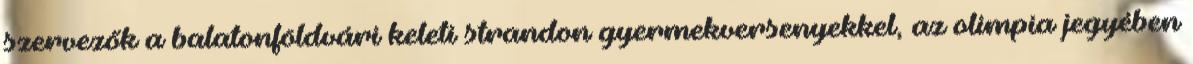
szervezők a balatonföldvári keleti strandon gyermekversenyekkel, az olimpia jegyében